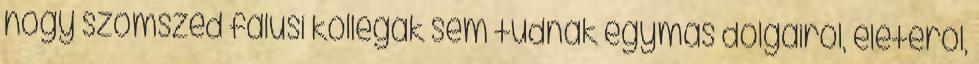
hogy szomszéd falusi kollegák sem tudnak egymás dolgairól, életéről,